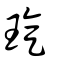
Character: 琁